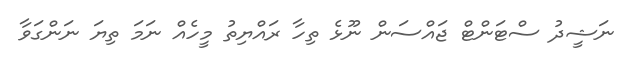
ނަޝީދު ސްޓަންޓް ޖައްސަން ނޫޅެ ތިހާ ރައްޔިތު މީހެއް ނަމަ ތިޔަ ނަންގަވާ